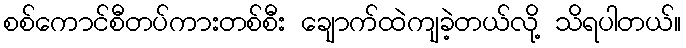
စစ်ကောင်စီတပ်ကားတစ်စီး ချောက်ထဲကျခဲ့တယ်လို့ သိရပါတယ်။